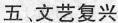
五、文艺复兴